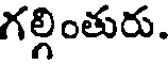
గల్గింతురు.